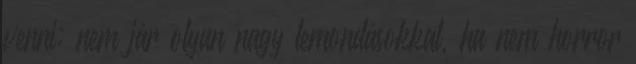
venni: nem jár olyan nagy lemondásokkal, ha nem horror